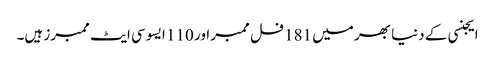
ایجنسی کے دنیا بھر میں 181 فل ممبر اور 110 ایسوسی ایٹ ممبرز ہیں۔